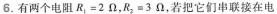
6.有两个电阻$$R _ { 1 } = 2 Ω$$，$$R _ { 2 } = 3 Ω$$，若把它们串联接在电